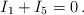
LaTeX: \begin{align*}I_1+I_5=0\,.\end{align*}